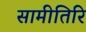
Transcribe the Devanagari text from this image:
सामीतिरि